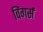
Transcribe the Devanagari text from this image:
विंगर्स